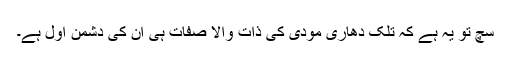
سچ تو یہ ہے کہ تلک دھاری مودی کی ذاتِ والا صفات ہی ان کی دشمن اول ہے۔